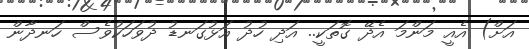
އަށް) އެއީ މަންމަ އެދޭ ގޮތަކީ.. އަދި ހުދު އަޅުގަނޑު ދުވަހަކުވެސް ހަނދާން